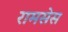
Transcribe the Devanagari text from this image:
रामसेस